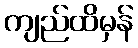
ကျည်ထိမှန်